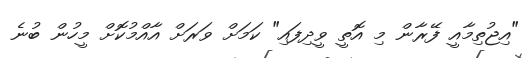
"އިޖުތިމާއީ ފޭރާން މި އޮތީ ވީދިފައި" ކަމަށް ވަރަށް އާއްމުކޮށް މީހުން ބުނެ